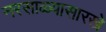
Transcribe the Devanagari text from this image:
नरसाळ्यासारखे